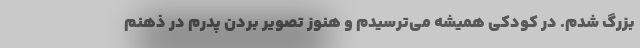
بزرگ شدم. در کودکی همیشه می‌ترسیدم و هنوز تصویر بردن پدرم در ذهنم